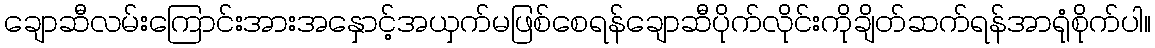
ချောဆီလမ်းကြောင်းအားအနှောင့်အယှက်မဖြစ်စေရန်ချောဆီပိုက်လိုင်းကိုချိတ်ဆက်ရန်အာရုံစိုက်ပါ။